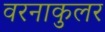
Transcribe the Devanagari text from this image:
वरनाकुलर